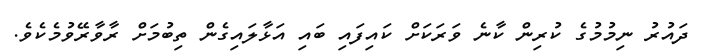
ދައުރު ނިމުމުގެ ކުރިން ކާނެ ވަރަކަށް ކައިފައި ބައި އަޅާލައިގެން ތިބުމަށް ރާވާރޭވުމެކެވެ.